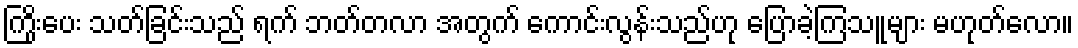
ကြိုးပေး သတ်ခြင်းသည် ရက် ဘတ်တလာ အတွက် ကောင်းလွန်းသည်ဟု ပြောခဲ့ကြသူများ မဟုတ်လော။